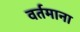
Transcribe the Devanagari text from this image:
वर्तमाना